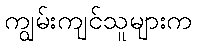
ကျွမ်းကျင်သူများက